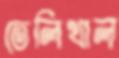
তেলিখাল